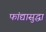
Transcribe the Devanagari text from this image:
फांद्यासुद्धा